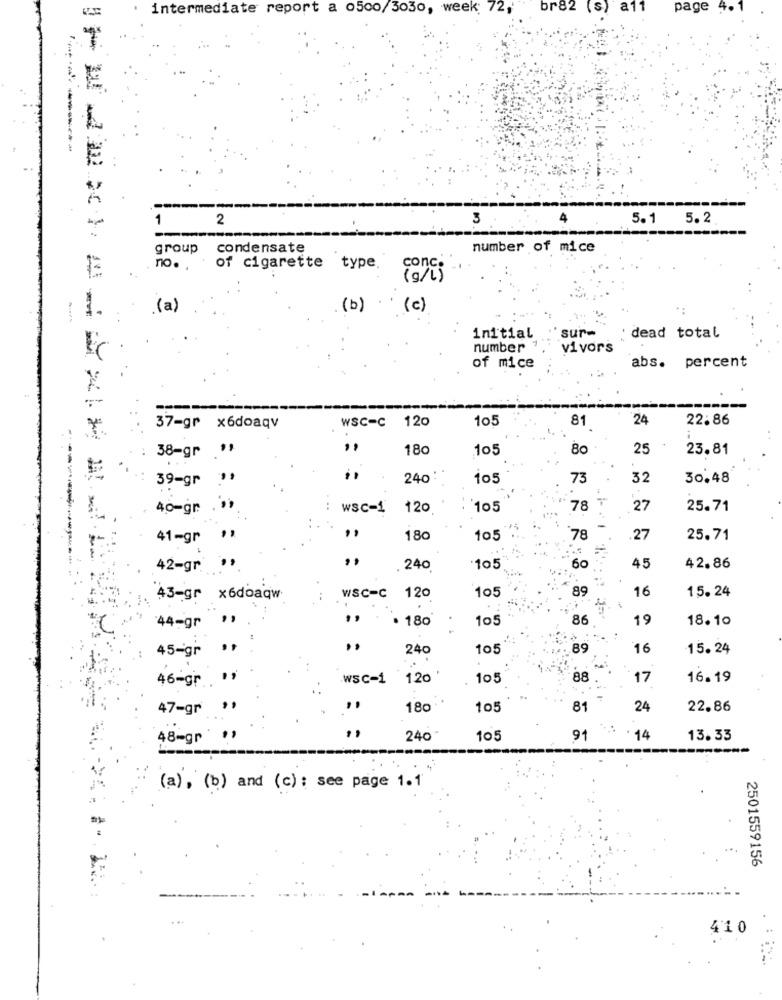
intermediate report a o500/3030, week; 72,
br82 (s) a11
page 4.1
-----
--
2
3
5.1 5.2
group condensate
number of mice
no. .
of cigarette type.
conc.
(g/L)
1.
.(a)
(b) (c)
sur-
initial
dead total
number ,
vivors
of mice
abs. percent
---
WSC-C 120
105
81
24
22.86
37-gr x6doaqv
180
.105
80
25
23.81
38-gr
39-gr
240
105
73
32
30.48
40-gr
: wsc-1 120
105
78
27
25.71
41-gr
180
105
78
27
25.71
42-gr ",
. 240
105
60
45
42.86
105
89
16
15.24
43-gr x6doaqw
WSC-C 120
44-gr
· 180
105
86
19
18. 10
45-gi
240
105
89
16
15. 24
46-gr
wSC-1
120
105
88
17
16.19
47-gr ",
180
105
81
24
22.86
48mgr .,
240
105
91 14
13.33
(a), (b) and (c) : see page 1.1
2501559156
410